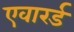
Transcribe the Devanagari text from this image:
एवारर्ड